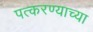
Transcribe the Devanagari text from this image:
पत्करण्याच्या